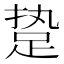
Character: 𰸈